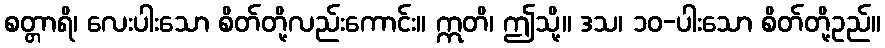
စတ္တာရိ၊ လေးပါးသော စိတ်တို့လည်းကောင်း။ ဣတိ၊ ဤသို့။ ဒသ၊ ၁၀-ပါးသော စိတ်တို့ဥည်။